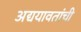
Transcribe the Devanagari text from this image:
अद्ययावतांची